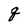
Character: q